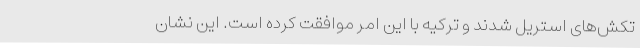
تکش‌های استریل شدند و ترکیه با این امر موافقت کرده است. این نشان